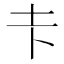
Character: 𪢱